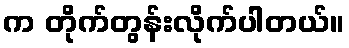
က တိုက်တွန်းလိုက်ပါတယ်။